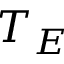
T _ { E }